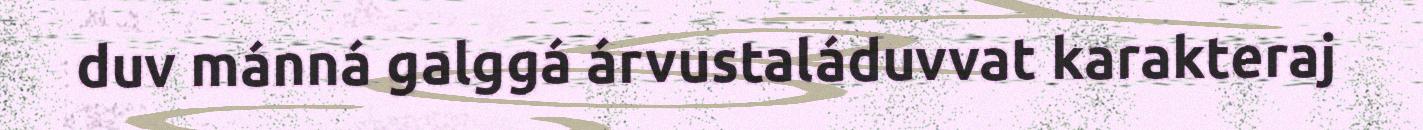
duv mánná galggá árvustaláduvvat karakteraj